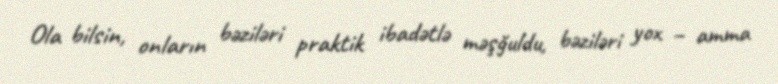
Ola bilsin, onların bəziləri praktik ibadətlə məşğuldu, bəziləri yox – amma